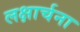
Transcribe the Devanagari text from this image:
लक्षार्चना